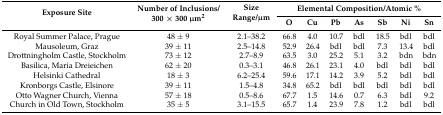
| <ROWSPAN=2> Exposure Site | <ROWSPAN=2> Number of Inclusions/300 × 300 μm2 | <ROWSPAN=2> Size Range/μm | <COLSPAN=7> Elemental Composition/Atomic % |
 | O | Cu | Pb | As | Sb | Ni | Sn |
 | --- | --- | --- | --- | --- | --- | --- | --- | --- | --- |
 | Royal Summer Palace, Prague | 48 ± 9 | 2.1–38.2 | 66.8 | 4.0 | 10.7 | bdl | 18.5 | bdl | bdl |
 | Mausoleum, Graz | 39 ± 11 | 2.5–14.8 | 52.9 | 26.4 | bdl | bdl | 7.3 | 13.4 | bdl |
 | Drottningholm Castle, Stockholm | 73 ± 12 | 2.7–8.9 | 63.5 | 3.0 | 25.2 | 5.1 | 3.2 | bdn | bdn |
 | Basilica, Maria Dreieichen | 62 ± 20 | 0.3–3.1 | 46.8 | 26.1 | 23.1 | 4.0 | bdl | bdl | bdl |
 | Helsinki Cathedral | 18 ± 3 | 6.2–25.4 | 59.6 | 17.1 | 14.2 | 3.9 | 5.2 | bdl | bdl |
 | Kronborgs Castle, Elsinore | 39 ± 11 | 1.5–4.8 | 34.8 | 65.2 | bdl | bdl | bdl | bdl | bdl |
 | Otto Wagner Church, Vienna | 57 ± 18 | 0.5–8.6 | 67.7 | 1.5 | 14.6 | 0.7 | 6.3 | bdl | 9.2 |
 | Church in Old Town, Stockholm | 35 ± 5 | 3.1–15.5 | 65.7 | 1.4 | 23.9 | 7.8 | 1.2 | bdl | bdl |